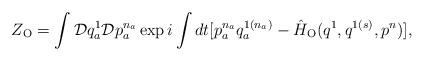
LaTeX: \begin{align*}Z_{\rm O}=\int {\cal D}q_a^1{\cal D}p_a^{n_a} \exp i \int dt[p_a^{n_a}q_a^{1(n_a)} - \hat{H}_{\rm O}(q^1,q^{1(s)},p^n)], \end{align*}